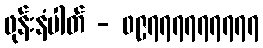
ဖုန်းနံပါတ် - ၀၉၇၇၇၇၇၇၇၇၇